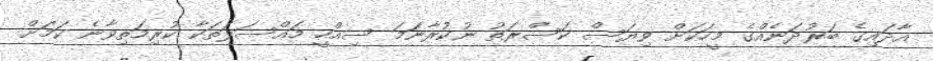
އާދައިގެ ބަރުދަނެއްގެ މީހަކަށް ވިޔަސް ކަސްރަތު ނުކުރާނަމަ ސިއްހީ މައްސަލަތަކާ ކުރިމަތިވާނެ ކަމަށް